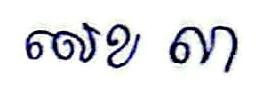
លេខ ៣